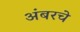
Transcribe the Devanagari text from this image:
अंबरचे